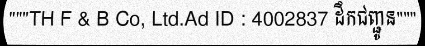
"""TH F & B Co, Ltd.Ad ID : 4002837 ដឹកជញ្ជូន"""